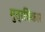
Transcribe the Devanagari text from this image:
मुत्रविकार